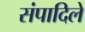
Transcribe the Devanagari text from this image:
संपादिले